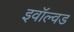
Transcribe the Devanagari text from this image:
इवॉल्वड